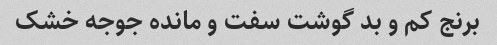
برنج کم و بد گوشت سفت و مانده جوجه خشک